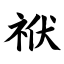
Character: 袱